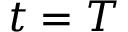
t = T